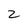
Character: 2